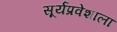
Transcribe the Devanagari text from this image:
सूर्यप्रवेशाला